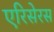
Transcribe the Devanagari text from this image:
एरिसेरस